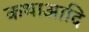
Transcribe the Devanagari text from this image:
कथाआदि